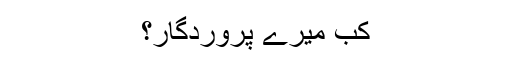
کب میرے پروردگار؟